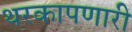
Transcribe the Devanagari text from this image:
थरकापणारी